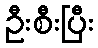
ဦးစီးပြီး